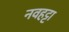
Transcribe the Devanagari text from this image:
नवहट्टा